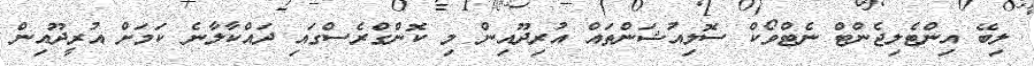
ލިބޭ އިންޓެލިޖެންޓް ނެޓްވޯކް ސޮލިއުޝަންތައް އުރިދޫއިން މި ކޮންގްރެސްގައި ދައްކާލާނެ ކަމަށް އުރީދޫއިން